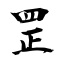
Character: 罡